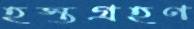
হস্তগ্রহণ